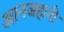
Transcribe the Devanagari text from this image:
आनजहानी